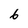
Character: 6